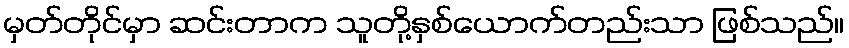
မှတ်တိုင်မှာ ဆင်းတာက သူတို့နှစ်ယောက်တည်းသာ ဖြစ်သည်။